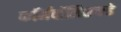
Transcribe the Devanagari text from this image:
कॉर्नवॉलिसकडे